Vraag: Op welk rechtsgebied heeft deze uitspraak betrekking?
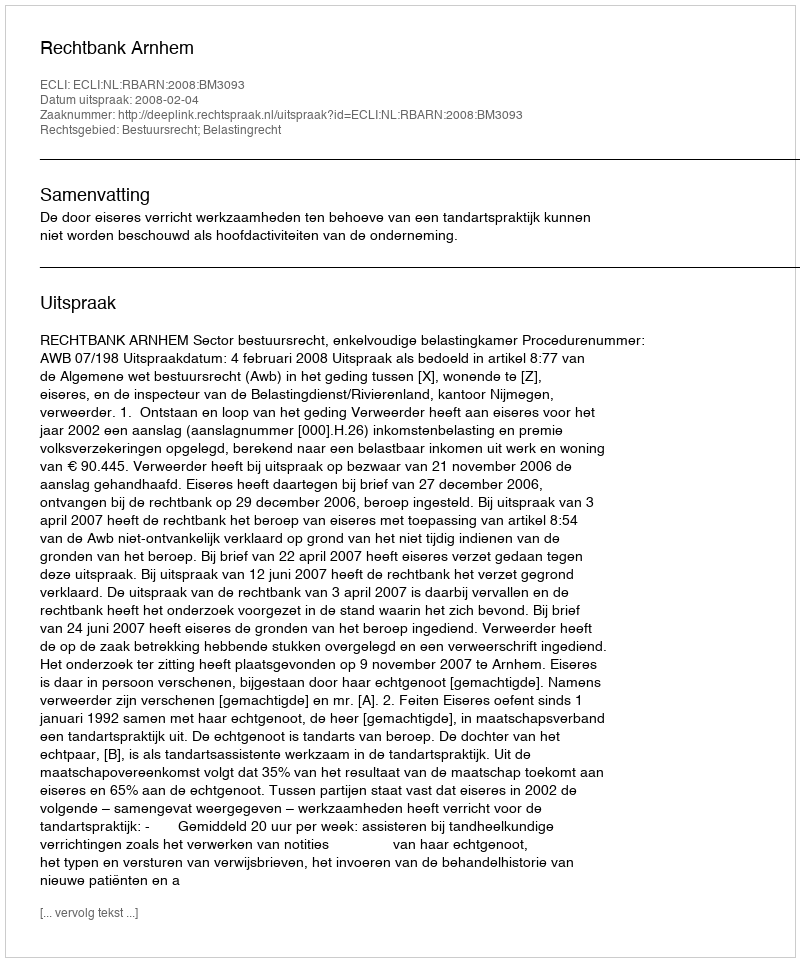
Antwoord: Bestuursrecht; Belastingrecht